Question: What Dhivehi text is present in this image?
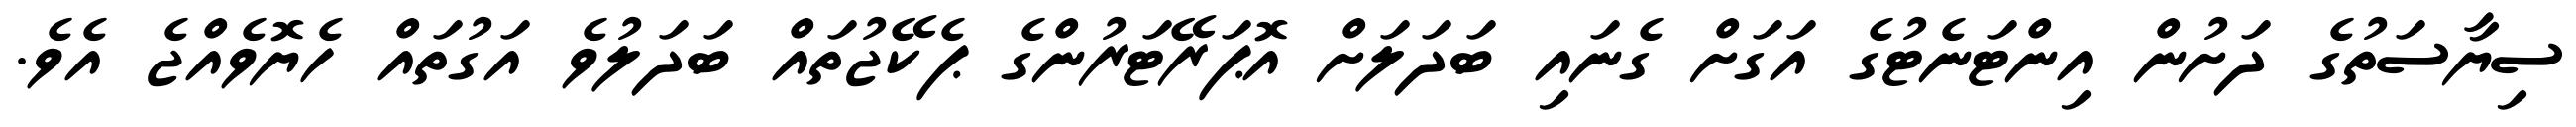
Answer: ސިޔާސަތުގެ ދަށުން އިންޓަނެޓުގެ އަގަށް ގެނައި ބަދަލަށް އޮޕަރޭޓަރުންގެ ޕެކޭޖުތައް ބަދަލުވެ އަގުތައް ހެޔޮވެއްޖެ އެވެ.